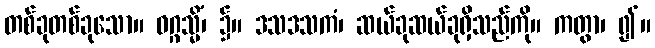
တစ်ခုတစ်ခုသော။ ဝဂ္ဂသ္မိံ၊ ၌။ ဒသဒသကံ၊ ဆယ်ခုဆယ်ခုရှိသည်ကို။ ကတွာ၊ ၍။